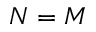
N = M